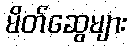
မိတ်ဆွေများ